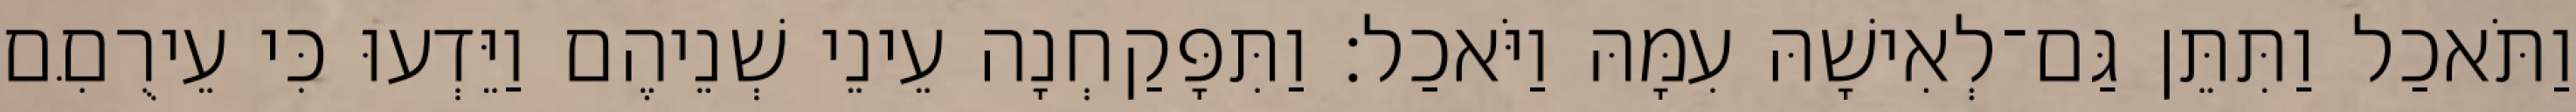
וַתֹּאכַל וַתִּתֵּן גַּם־לְאִישָׁהּ עִמָּהּ וַיֹּאכַל׃ וַתִּפָּקַחְנָה עֵינֵי שְׁנֵיהֶם וַיֵּדְעוּ כִּי עֵירֻםִּם